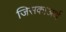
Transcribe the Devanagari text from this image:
जिसकाअर्थ